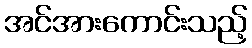
အင်အားကောင်းသည့်